Leprosy in India: report of the Leprosy Commission in India, 1890-91
Year: 1890
Disease focus: Leprosy
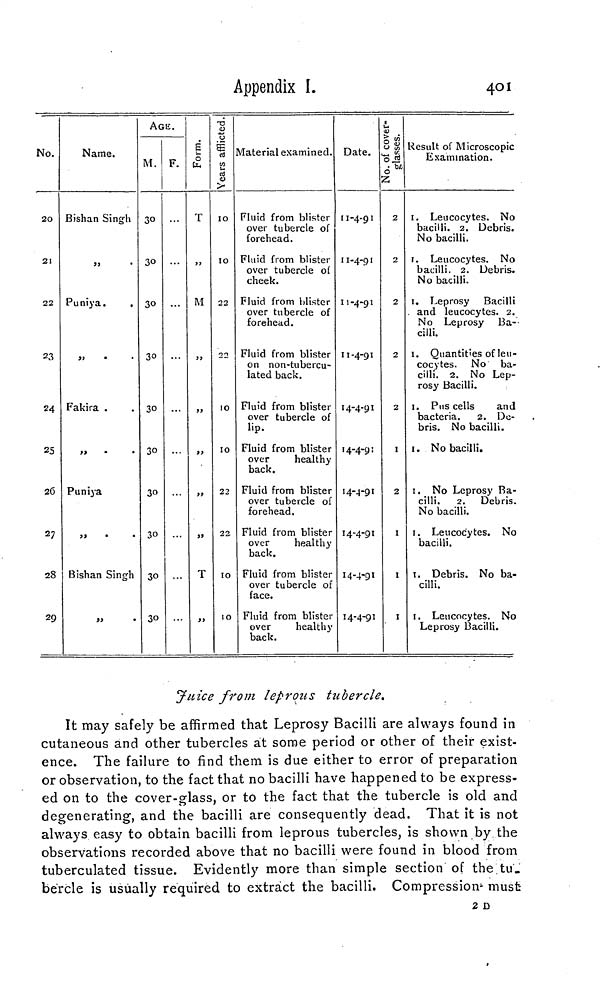
Appendix I.
401
No.
20
21
22
23
24
25
26
27
28
29
Name.
Bishan Singh
Puniya.
,,
Fakira .
,,
Puniya
Bishan Singh
»
•
AGE.
M.
30
30
30
30
30
30
30
30
30
30
F.
Form.
T
»
M
,,
>>
»
5)
T
Years afflicted.
10
10
22
22
10
10
22
22
10
10
Material examined.
Fluid from blister
over tubercle of
forehead.
Fluid from blister
over tubercle of
cheek.
Fluid from blister
over tubercle of
forehead.
Fluid from blister
on non-tubercu-
lated back.
Fluid from blister
over tubercle of
lip.
Fluid from blister
over
healthy
back.
Fluid from blister
over tubercle of
forehead.
Fluid from blister
over
healthy
back.
Fluid from blister
over tubercle of
face.
Fluid from blister
over
healthy
back.
Date.
11-4-91
11-4-91
11-4-91
11-4-91
14-4-91
14-4-9:
14-4-91
14-4-91
14-4-91
14-4-91
No. of cover glasses.
2
2
2
2
2
I
2
I
I
I
Result of Microscopic
Examination.
1. Leucocytes. No
bacilli. 2, Debris.
No bacilli.
1. Leucocytes. No
bacilli. 2. Debris.
No bacilli.
1. Leprosy Bacilli
and leucocytes. 2.
No Leprosy Ba-
cilli.
1. Quantities of leu-
cocytes. No ba-
cilli. 2. No Lep-
rosy Bacilli.
1. Pus cells
and
bacteria.
2. De-
bris. No bacilli.
1. No bacilli.
1. No Leprosy Ba-
cilli. 2. Debris.
No bacilli.
1. Leucocytes. No
bacilli.
1. Debris. No ba-
cilli.
1. Leucocytes. No
Leprosy Bacilli,
Juice from leprous tubercle.
It may safely be affirmed that Leprosy Bacilli are always found in
cutaneous and other tubercles at some period or other of their exist-
ence. The failure to find them is due either to error of preparation
or observation, to the fact that no bacilli have happened to be express-
ed on to the cover-glass, or to the fact that the tubercle is old and
degenerating, and the bacilli are consequently dead. That it is not
always easy to obtain bacilli from leprous tubercles, is shown by the
observations recorded above that no bacilli were found in blood from
tuberculated tissue. Evidently more than simple section of the tu.
bercle is usually required to extract the bacilli. Compression- must
2 D